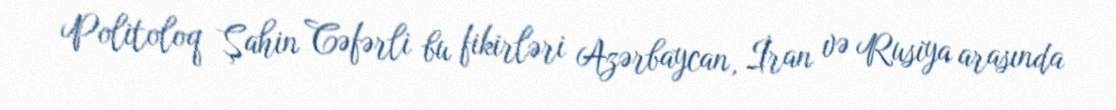
Politoloq Şahin Cəfərli bu fikirləri Azərbaycan, İran və Rusiya arasında